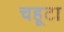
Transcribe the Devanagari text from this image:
चहूटा